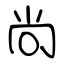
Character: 尚